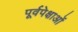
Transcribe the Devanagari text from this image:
पूर्वपेक्षाओं